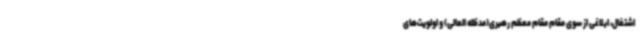
اشتغال، ابلاغی از سوی مقام مقام معظم رهبری(مدظله العالی) و اولویت‌های